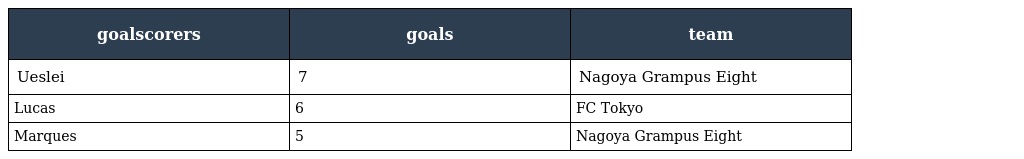
| goalscorers | goals | team |
 | --- | --- | --- |
 | Ueslei | 7 | Nagoya Grampus Eight |
 | Lucas | 6 | FC Tokyo |
 | Marques | 5 | Nagoya Grampus Eight |